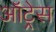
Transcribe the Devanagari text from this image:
ऑट्रेस